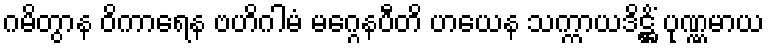
ဂမိတွာန ဝိကာရေန ဗဟိဂါမံ မဂ္ဂေနပီတိ ဟယေန သက္ကာယဒိဋ္ဌိံ ပုဏ္ဏမာယ